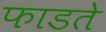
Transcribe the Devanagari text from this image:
फाडते